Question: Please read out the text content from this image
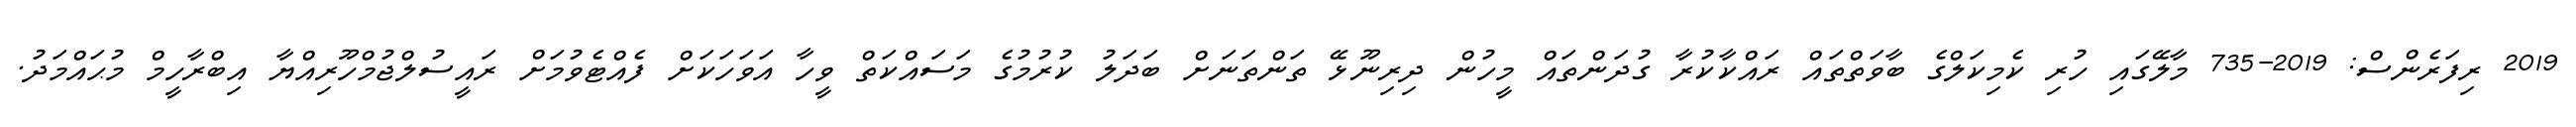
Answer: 2019 ރިފަރެންސް: 2019-735 މާލޭގައި ހުރި ކެމިކަލްގެ ބާވަތްތައް ރައްކާކުރާ ގުދަންތައް މީހުން ދިރިނޫޅޭ ތަންތަނަށް ބަދަލު ކުރުމުގެ މަސައްކަތް ވީހާ އަވަހަކަށް ފެއްޓެވުމަށް ރައީސުލްޖުމްހޫރިއްޔާ އިބްރާހީމް މުޙައްމަދު.